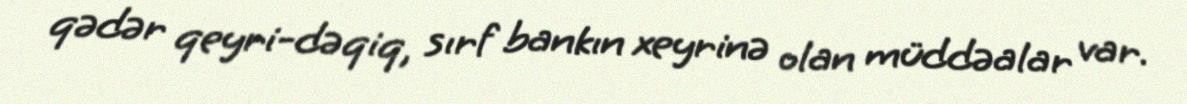
qədər qeyri-dəqiq, sırf bankın xeyrinə olan müddəalar var.